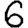
Digit: 6